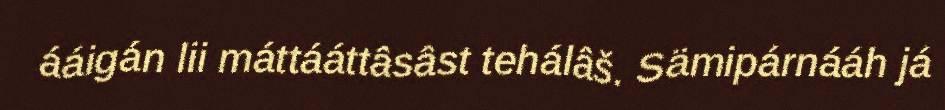
ááigán lii máttááttâsâst tehálâš. Sämipárnááh já